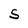
Character: S